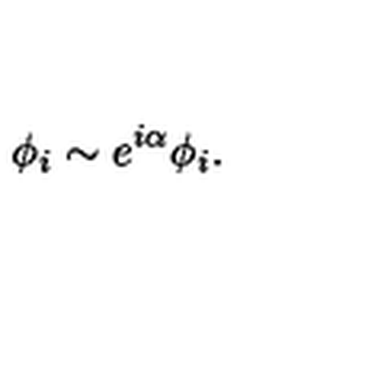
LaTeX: \phi _ { i } \sim e ^ { i \alpha } \phi _ { i } .